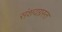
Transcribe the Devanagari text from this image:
संशयग्रस्त